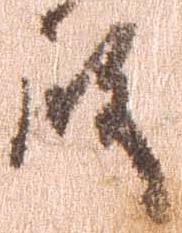
殿